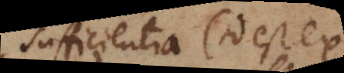
sufficientia (id est ex